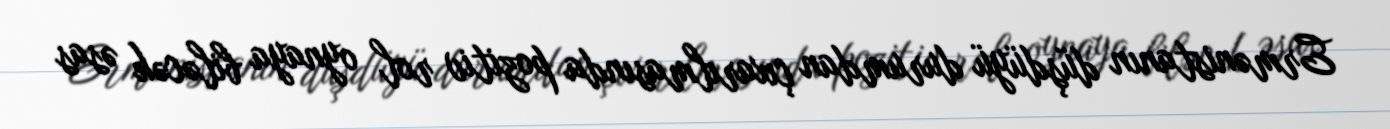
Ermənistanın düşdüyü durumdan çıxarılmasında pozitiv rol oynaya biləcək əsas